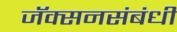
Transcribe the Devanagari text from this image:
जॅक्सनसंबंधी